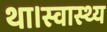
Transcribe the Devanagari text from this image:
था।स्वास्थ्य